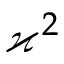
\varkappa ^ { 2 }